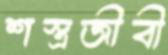
শস্ত্রজীবী